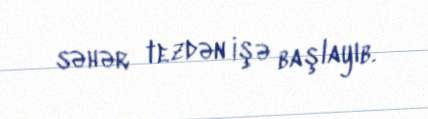
səhər tezdən işə başlayıb.